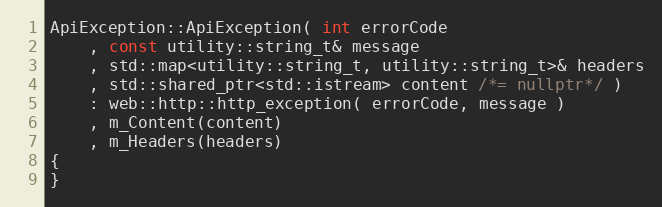
Language: C++
ApiException::ApiException( int errorCode
    , const utility::string_t& message
    , std::map<utility::string_t, utility::string_t>& headers
    , std::shared_ptr<std::istream> content /*= nullptr*/ )
    : web::http::http_exception( errorCode, message )
    , m_Content(content)
    , m_Headers(headers)
{
}